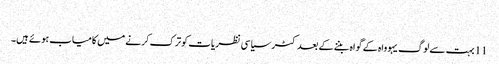
‏
11 بہت سے لوگ یہوواہ کے گواہ بننے کے بعد کٹر سیاسی نظریات کو ترک کرنے میں کامیاب ہوئے ہیں۔